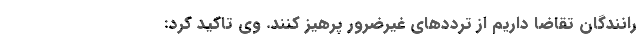
رانندگان تقاضا داریم از ترددهای غیرضرور پرهیز کنند. وی تاکید کرد: